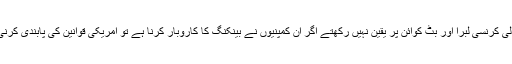
ٹرمپ نے کہا کہ وہ فیس بک کی مستقبل میں آنے والی کرنسی لبرا اور بٹ کوائن پر یقین نہیں رکھتے اگر ان کمپنیوں نے بینکنگ کا کاروبار کرنا ہے تو امریکی قوانین کی پابندی کرنی ہوگی جیسا کہ دوسرے مالیاتی ادارے کر رہے ہیں۔